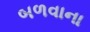
બળવાના